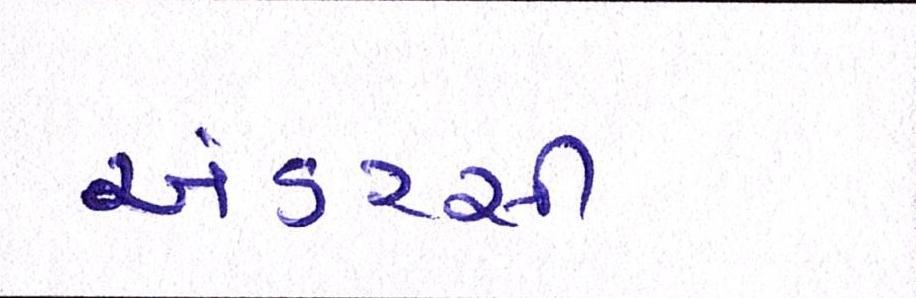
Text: અંડરસી